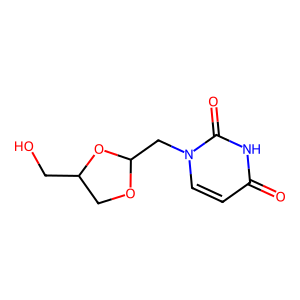
SMILES: O=c1ccn(CC2OCC(CO)O2)c(=O)[nH]1
Inhibits HIV replication: No